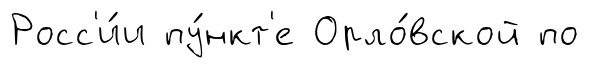
Росс'и́и пу́нкт'е Орло́вской по